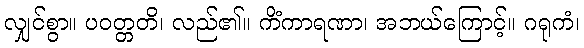
လျှင်စွာ။ ပဝတ္တတိ၊ လည်၏။ ကိံကာရဏာ၊ အဘယ်ကြောင့်။ ဂရုကံ၊